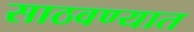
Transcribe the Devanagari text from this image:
साठवण्यात